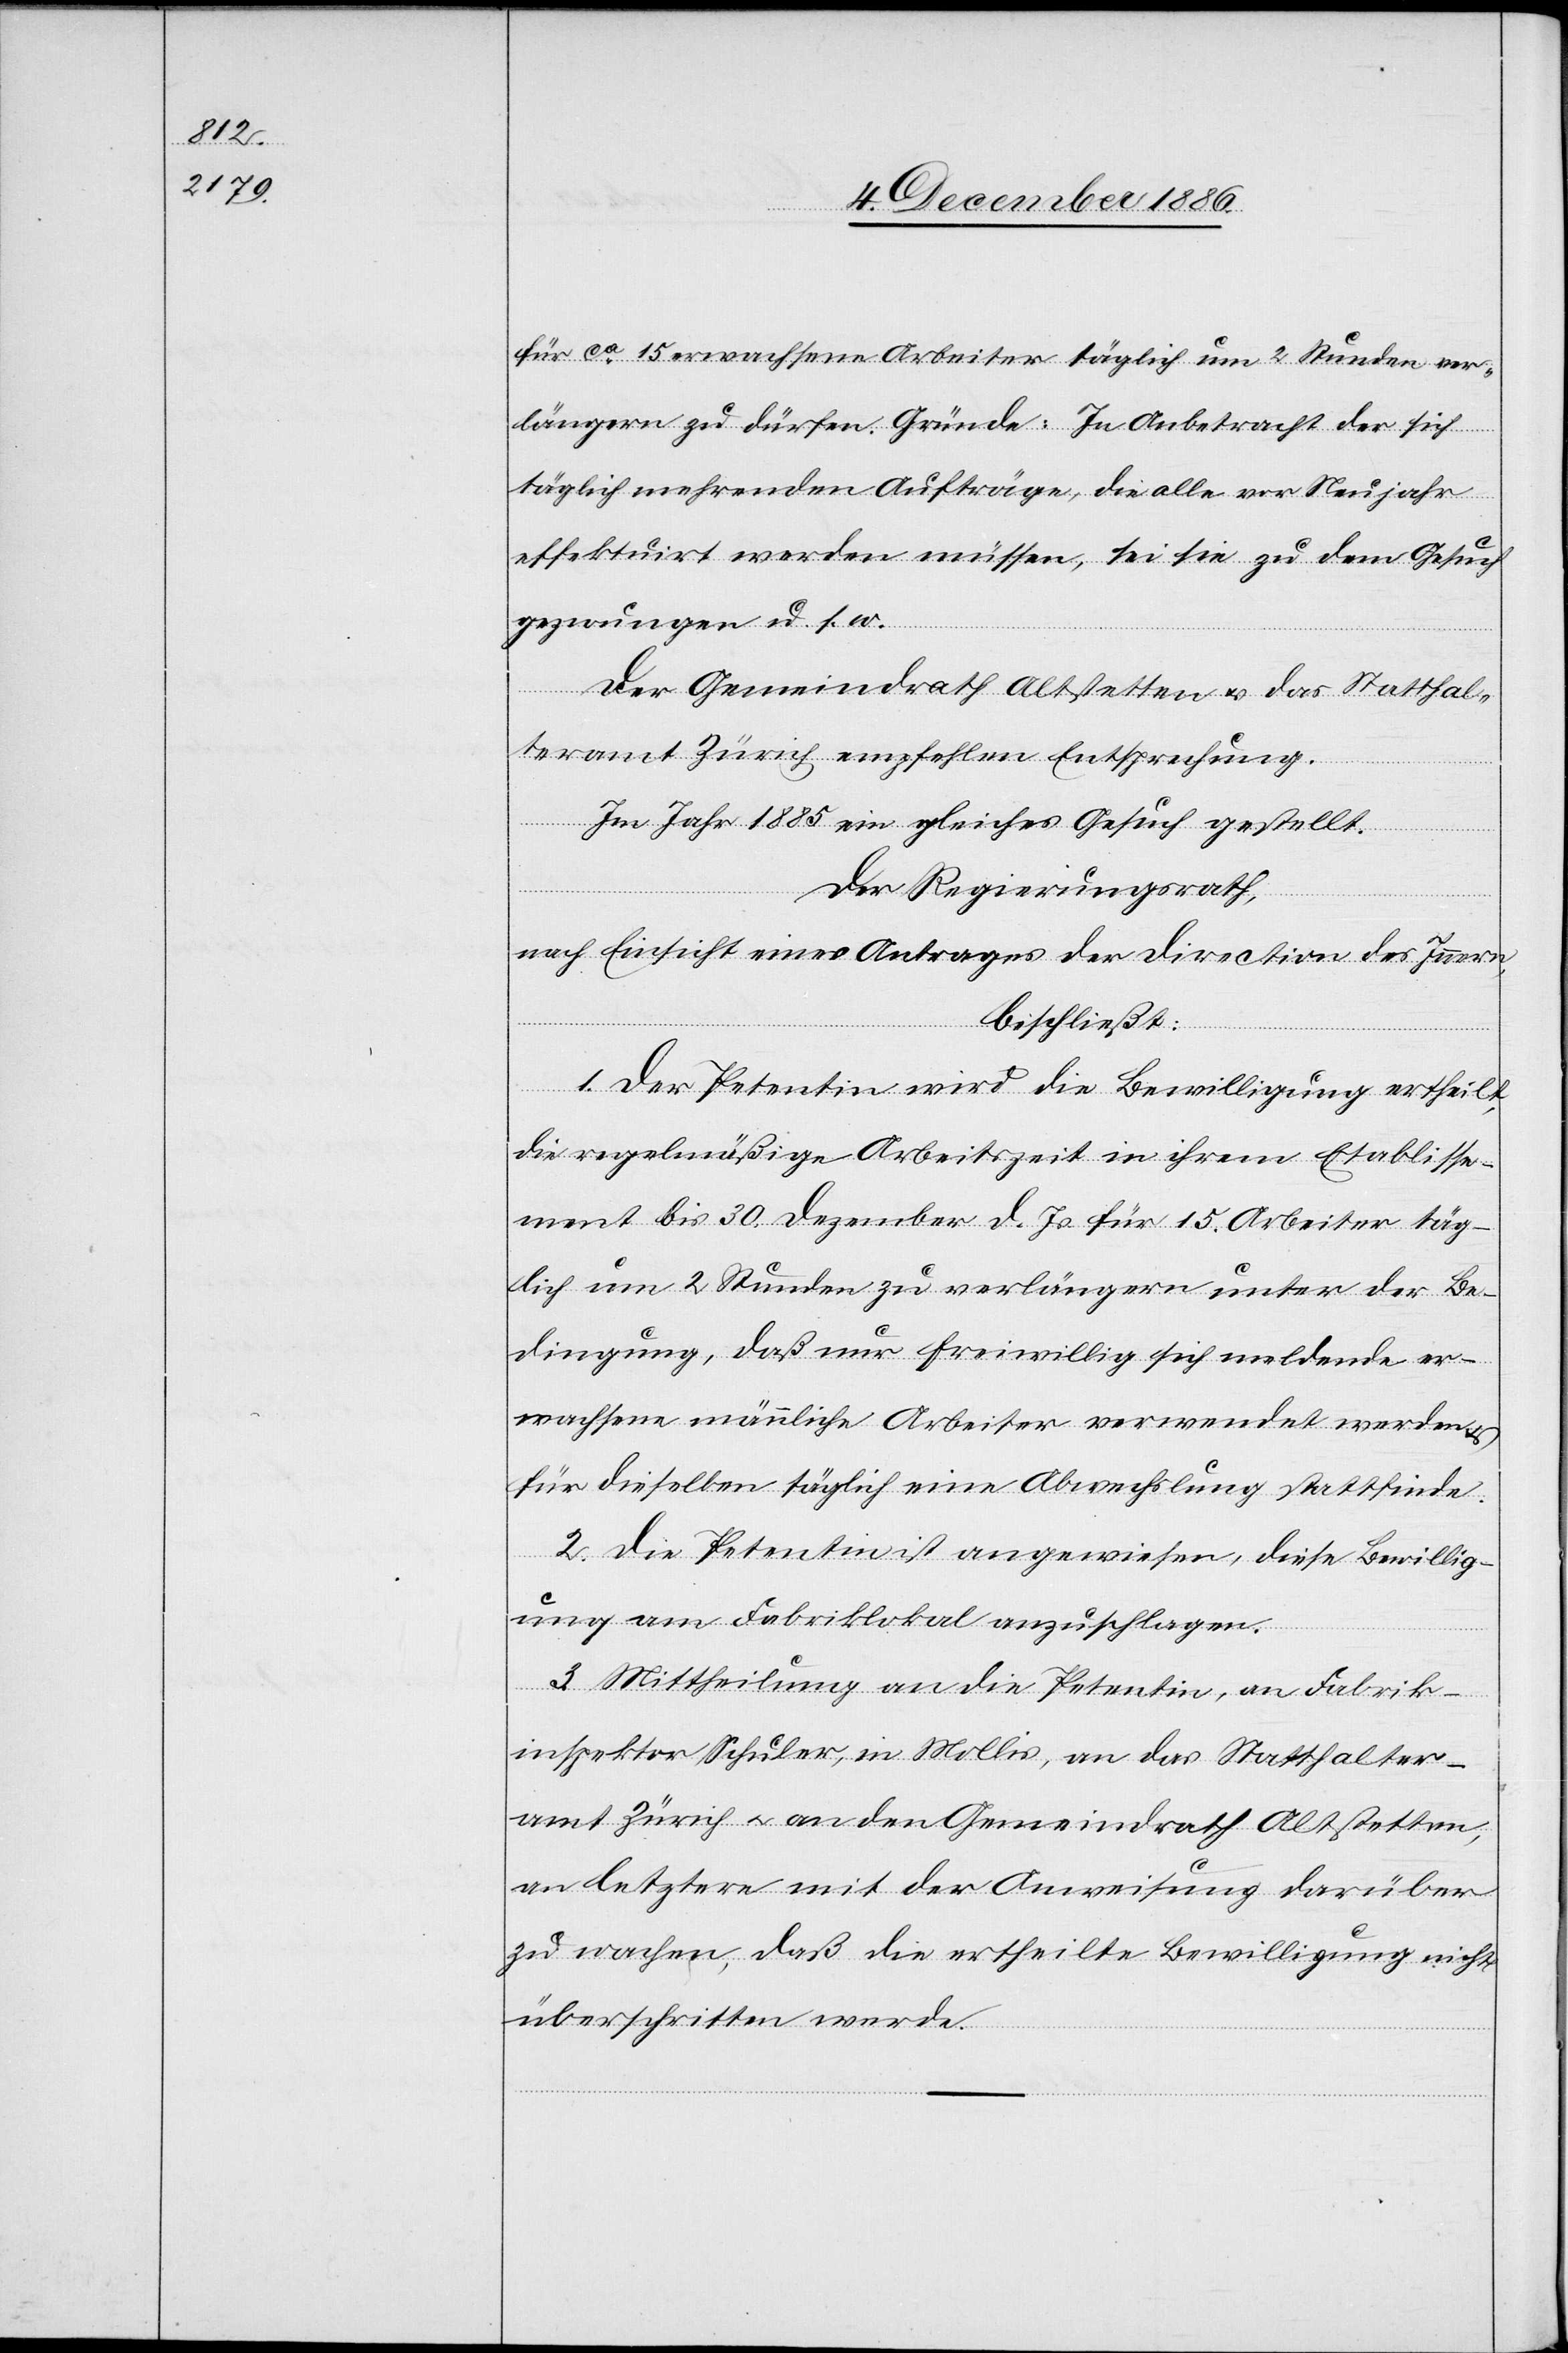
für ca 15 erwachsene Arbeiter täglich um 2 Stunden ver¬
längern zu dürfen. Gründe: In Anbetracht der sich
täglich mehrenden Aufträge, die alle vor Neujahr
effektuirt werden müssen, sei sie zu dem Gesuch
gezwungen u. s. w.
Der Gemeindrath Altstetten & das Statthal¬
teramt Zürich empfehlen Entsprechung.
Im Jahr 1885 ein gleiches Gesuch gestellt.
Der Regierungsrath,
nach Einsicht eines Antrages der Direction des Innern,
beschließt:
1. Der Petentin wird die Bewilligung ertheilt,
die regelmäßige Arbeitszeit in ihrem Etablisse¬
ment bis 30. Dezember d. Js. für 15. Arbeiter täg¬
lich um 2 Stunden zu verlängern unter der Be¬
dingung, daß nur freiwillig sich meldende er¬
wachsene männliche Arbeiter verwendet werden &
für dieselben täglich eine Abwechslung stattfinde.
2. Die Petentin ist angewiesen, diese Bewillig¬
ung am Fabriklokal anzuschlagen.
3. Mittheilung an die Petentin, an Fabrik¬
inspektor Schuler, in Mollis, an das Statthalter¬
amt Zürich & an den Gemeindrath Altstetten,
an letztere mit der Anweisung darüber
zu wachen, daß die ertheilte Bewilligung nicht
überschritten werde.